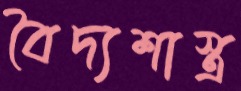
বৈদ্যশাস্ত্র